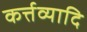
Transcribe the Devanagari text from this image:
कर्त्तव्यादि